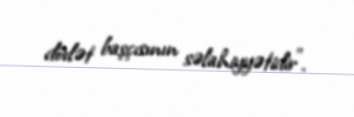
dövlət başçısının səlahiyyətidir”.